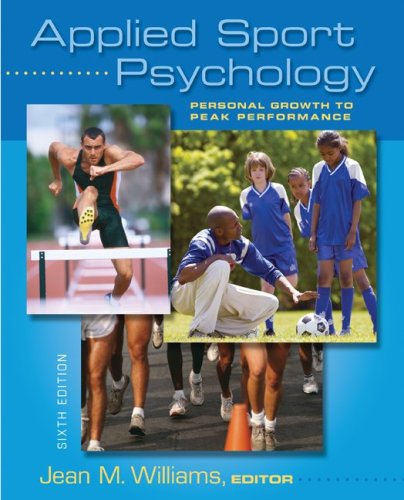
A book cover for Applied Sport Psychology: Personal Growth to Peak Performance; Jean Williams; Medical Books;